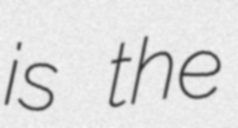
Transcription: is the